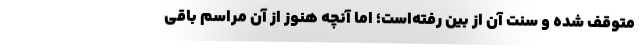
متوقف شده و سنت آن از بین رفته‌است؛ اما آنچه هنوز از آن مراسم باقی